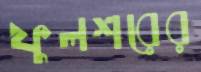
ফুলশরের